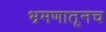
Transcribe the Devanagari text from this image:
भ्रमणातूनच